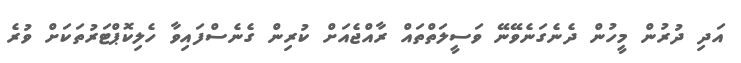
އަދި ދުރުން މީހުން ދެނެގަނެވޭނޭ ވަސީލަތްތައް ރާއްޖެއަށް ކުރިން ގެނެސްފައިވާ ހެލިކޮޕްޓަރުތަކަށް ވުރެ